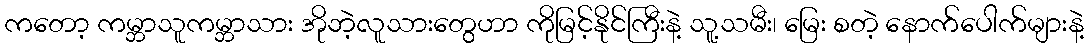
ကတော့ ကမ္ဘာသူကမ္ဘာသား အိုဘဲ့လူသားတွေဟာ ကိုမြင့်နိုင်ကြီးနဲ့ သူ့သမီး၊ မြေး စတဲ့ နောက်ပေါက်များနဲ့